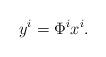
LaTeX: \begin{align*}y^{i}=\Phi^{i} x^{i}.\end{align*}